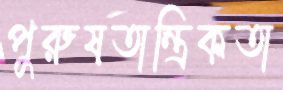
পুরুষতান্ত্রিকতা